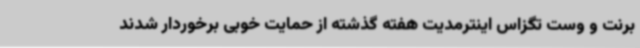
برنت و وست تگزاس اینترمدیت هفته گذشته از حمایت خوبی برخوردار شدند